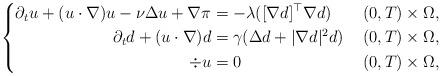
LaTeX: \begin{align*}\left\{\begin{aligned}\partial_{t} u + (u\cdot \nabla) u -\nu \Delta u + \nabla \pi &= - \lambda ([\nabla d]^{\top} \nabla d) & \ (0,T)\times \Omega, \\\partial_{t} d+(u \cdot \nabla) d &= \gamma (\Delta d+ \vert \nabla d \vert^{2} d) & \ (0,T)\times \Omega, \\\div u &= 0 & \ (0,T)\times \Omega,\\\end{aligned}\right.\end{align*}